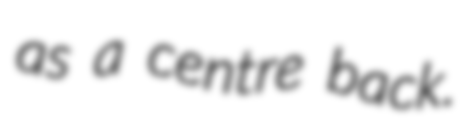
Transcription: as a centre back.